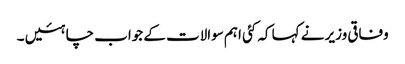
وفاقی وزیر نے کہا کہ کئی اہم سوالات کے جواب چاہئیں ۔